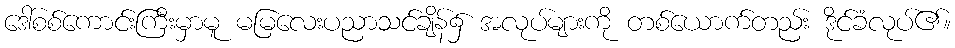
ဒေါ်စစ်ကောင်းကြီးမှာမူ မမြလေးပညာသင်ချိန်၌ အလုပ်များကို တစ်ယောက်တည်း ဒိုင်ခံလုပ်၏။